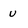
Character: U